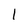
Character: 1